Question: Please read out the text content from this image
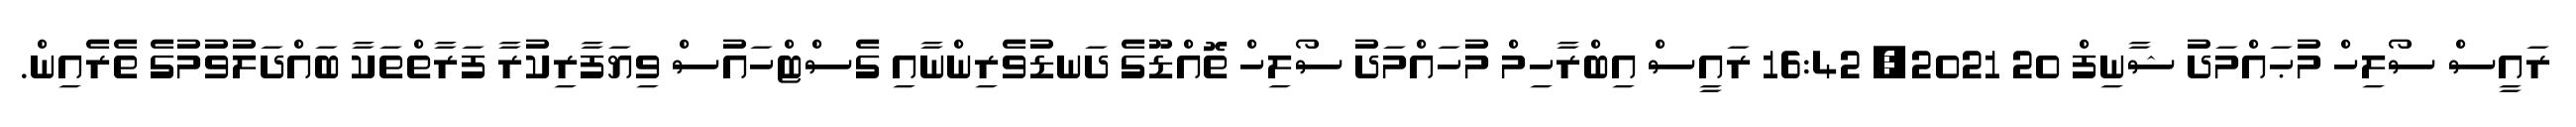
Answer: ރައީސް ސޯލިހް މުޙައްމަދު ޝާނިފް 20 2021, 16:42 ރައީސް އިބްރާހިމް މުހައްމަދު ސޯލިހް ތޮއްޑޫގެ ދަނޑުވެރިންނާއި ގެސްޓްހައުސް ވިޔަފާރިކުރާ ފަރާތްތަކާ ބައްދަލުވުމުގެ ތެރެއިން.